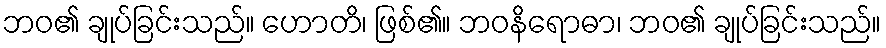
ဘဝ၏ ချုပ်ခြင်းသည်။ ဟောတိ၊ ဖြစ်၏။ ဘဝနိရောဓာ၊ ဘဝ၏ ချုပ်ခြင်းသည်။